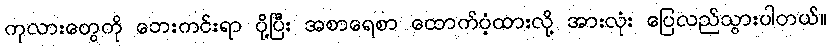
ကုလားတွေကို ဘေးကင်းရာ ပို့ပြီး အစာရေစာ ထောက်ပံ့ထားလို့ အားလုံး ပြေလည်သွားပါတယ်။